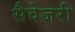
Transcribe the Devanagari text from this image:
सैवेजरी